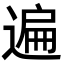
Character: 遍